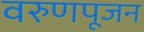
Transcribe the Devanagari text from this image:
वरुणपूजन